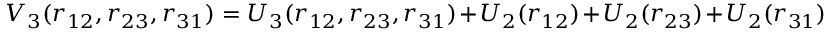
V _ { 3 } ( r _ { 1 2 } , r _ { 2 3 } , r _ { 3 1 } ) = U _ { 3 } ( r _ { 1 2 } , r _ { 2 3 } , r _ { 3 1 } ) + U _ { 2 } ( r _ { 1 2 } ) + U _ { 2 } ( r _ { 2 3 } ) + U _ { 2 } ( r _ { 3 1 } )